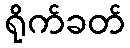
ရိုက်ခတ်